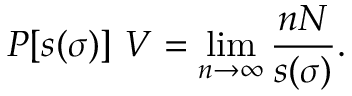
P [ s ( \sigma ) ] ~ { V } = \operatorname * { l i m } _ { n \to \infty } \frac { n N } { s ( \sigma ) } .